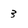
Character: 3